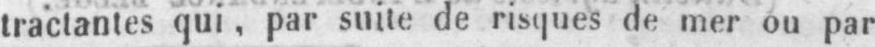
tractantes qui, par suite de risques de mer ou par